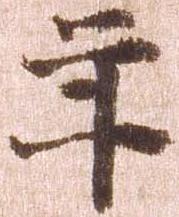
年